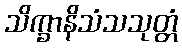
သိက္ခာနိသံသသုတ္တံ